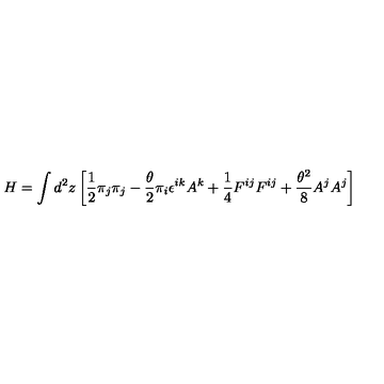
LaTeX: H = \int d ^ { 2 } z \left[ \frac { 1 } { 2 } \pi _ { j } \pi _ { j } - \frac { \theta } { 2 } \pi _ { i } \epsilon ^ { i k } A ^ { k } + \frac { 1 } { 4 } F ^ { i j } F ^ { i j } + \frac { \theta ^ { 2 } } { 8 } A ^ { j } A ^ { j } \right]